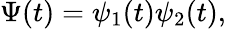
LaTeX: \Psi(t)=\psi_{1}(t)\psi_{2}(t),